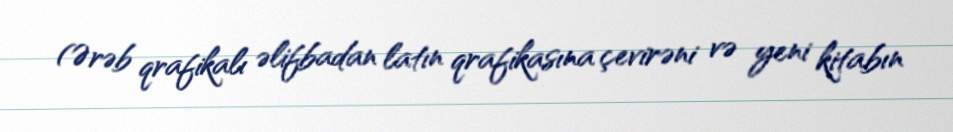
(Ərəb qrafikalı əlifbadan latın qrafikasına çevirəni və yeni kitabın